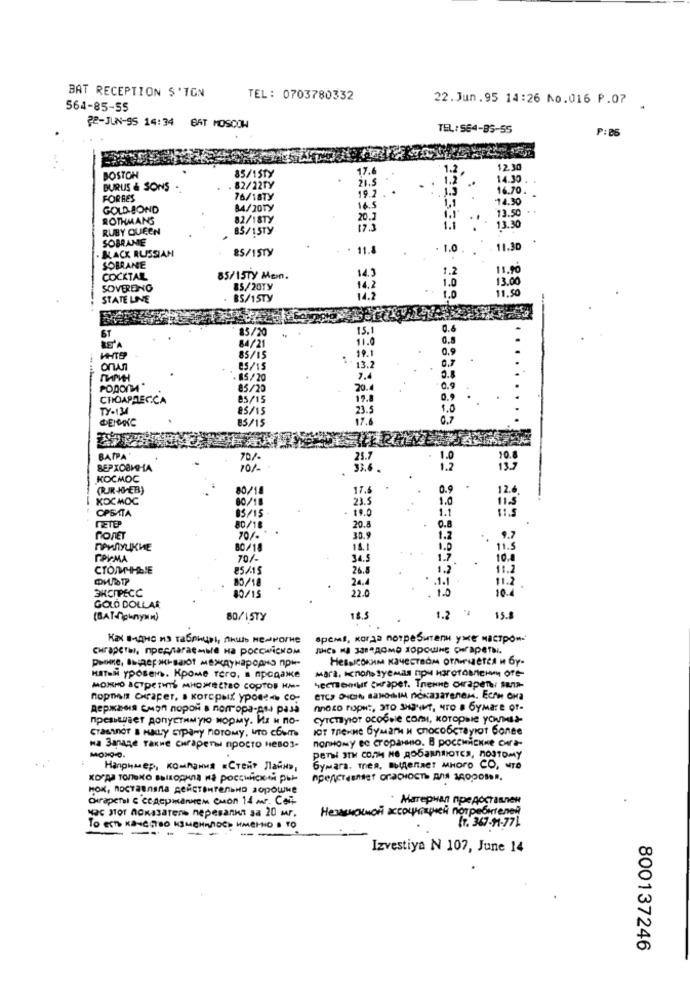
BAT RECEPTION S'TON
TEL: 0703780332
22. Jun. 95 14:26 No.016 P.07
564-85-55
22-JUN-95 14:34 BAT MOSCOW
TEL:564-85-55
P: 85
17.6
1.2
12.30
BOSTON
85/15Ty
21.5
1.2
14.30
DURUS & SONS
. 82/22Ty
1.3
16.70.
FORBES
76/18TY
19.2 .
1.1
14.30
GOLD BOND
84/20Ty
16.5
13.50
ROTHMANS
82/18Ty
20.3
1.1
RUBY QUEEN
85/15Ty
173
13.30
SOBRANIE
BLACK RUSSIAN
85/15Ty
. 11.8
- 1.0
11.30
SOBRANE
11.90
COCKTAIL
85/15Ty Memn.
14.3
1.2
13.00
SOVERENG
85/20Ty
14.2
1.0
11.50
STATE LINE
BS/15Ty
14.2
БТ
85/20
15.1
84/21
11.0
85/15
onAr
ES/15
13.2
. 85/20
7.4
POpon
85/20
20.4
CHOAPRECICA
85/15
19.8
0.9
TY-134
85/15
23.5
1.0
85/15
17.6
BAPPA
70/
1.0
10.8
BEPXOBIHA
70/-
1.2
137
KOCMOC
(PUR KEB)
80/18
17.4
0.9
12.6.
KOCMOC
80/18
23.5
1.0
OPSITA
- 19.0
1.1
03/15
METER
80/18
20.8
0.8
POTET
70/-
30.9
1.2
.. 9.7
ПРИЛУЦКИЕ
80/18
18.1
1.0
RPIMA
70/-
1.7
.
10.
CTOMMAHLIE
85/15
26.8
1.2
11.2
HABTP
80/18
24.
11.2
3KCIPECC
80/15
22.0
. 10
. . 1.1
10.1
GOLD DOLLAR
(BAT-noknyNA)
80/15TY
18.
1.2 .
15.8
apemi, korja norpesutenu >>< Mactpow-
cwrapcTel, npernaraemble Ha PoCCwiCHOM
Рынке, выдерживают международно при-
HATEM ypoSENS. KPoMe Tero, a npoqaxe
MOINHO ACTPETITS MAHOMETBO COPTOB KM-
noppen Craper, a korepaix ypones co-
Reposois cmon nopoli a norropa-gas pass
Anexo FOpHt, STO SHENMT, TO a GYMare of-
cyTeTaylor ocose com, koTopwie YOUMust-
GraBiner s HALLy SYpany noTOMy, ITO chem
IOT TekNe ByMark H chocobCTByIOT Bonee
nonHowy ee cropanuso. B POCCHNEKKe CH-
Ha Banane Takne Curaperti npocto HeBo3-
Pensi 3TH CO.TH NO ROSJANMIOTER, NOSTOMY
Например, компания «Стейт Лайн»,
bymara. men. BIRenRET MHOrO CO, MTO
HOK, noCYaunana geRcTourensHo sopowMe
curapetal & CeAGPManNEM CuOn 14 mr. Co
. Marepuan npe pocrasnen
HOE JTor AKasatens nepesanka sa 20 mr.
Hesiskokmoři acouprapneli nonpeóntenei
IT. 367-91-771
TO ESTO KANE ,TOO KSMEHRPOCO KMEINIO . TO
Izvestiya N 107, June 14
800137246